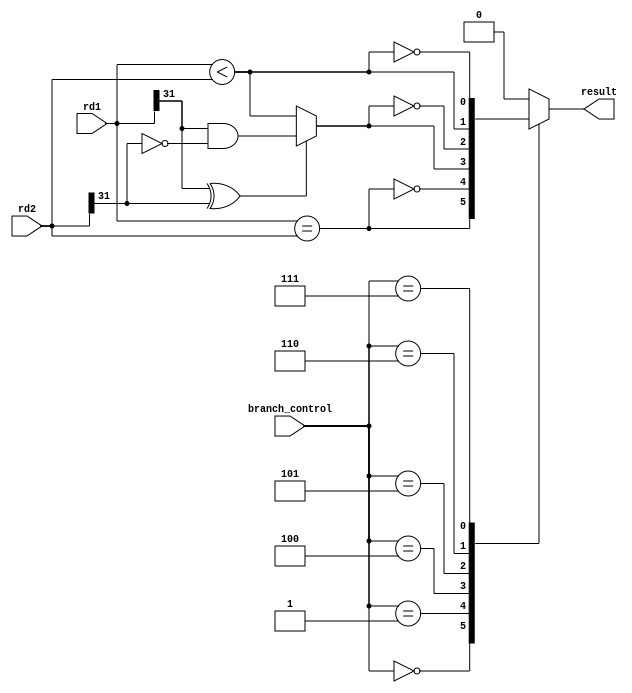
module branch_mod(
	input [2:0] branch_control,
	input [31:0] rd1, rd2,
	output result
);
	reg temp;
	parameter BEQ =3'b000 , BNE = 3'b001 , BLT = 3'b100 , BGE = 3'b101 , BLTU = 3'b110 , BGEU =  3'b111;
	wire sign_bit = rd1[31] ^ rd2[31];
	wire result_equ;
	wire result_lessthan;
	wire result_lesstu;
	assign result_equ = (rd1 == rd2);
	assign result_lessthan = (rd1 < rd2);
	assign result_lesstu = (sign_bit)? (rd1[31]&~rd2[31]):(rd1 < rd2);
	always @(*)
	begin
		case(branch_control)
			BEQ	: temp = result_equ;
			BNE	: temp = ~(result_equ);
			BLT	: temp = result_lesstu;
			BGE	: temp = ~(result_lesstu);
			BLTU	: temp = result_lessthan;
			BGEU	: temp = ~(result_lessthan);
			default 	: temp = 1'b0;
		endcase
	end
	assign result = temp;
endmodule

/*module top();
	reg [31:0] A;
	reg [31:0] B;
	reg [2:0] bc;
	wire result;
	branch_mod m(bc,A,B,result);
	initial
	begin
		$dumpfile("test.vcd");
		$dumpvars();
		#0 A = -32'd100;
		#0 B = -32'd200;
		
		#5 bc = 3'd0;
		#5 bc = 3'd1;
		#5 bc = 3'd2;
		#5 bc = 3'd3;
		#5 bc = 3'd4;
		#5 bc = 3'd5;
		#10 $finish;
	end
endmodule*/